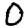
Digit: 0